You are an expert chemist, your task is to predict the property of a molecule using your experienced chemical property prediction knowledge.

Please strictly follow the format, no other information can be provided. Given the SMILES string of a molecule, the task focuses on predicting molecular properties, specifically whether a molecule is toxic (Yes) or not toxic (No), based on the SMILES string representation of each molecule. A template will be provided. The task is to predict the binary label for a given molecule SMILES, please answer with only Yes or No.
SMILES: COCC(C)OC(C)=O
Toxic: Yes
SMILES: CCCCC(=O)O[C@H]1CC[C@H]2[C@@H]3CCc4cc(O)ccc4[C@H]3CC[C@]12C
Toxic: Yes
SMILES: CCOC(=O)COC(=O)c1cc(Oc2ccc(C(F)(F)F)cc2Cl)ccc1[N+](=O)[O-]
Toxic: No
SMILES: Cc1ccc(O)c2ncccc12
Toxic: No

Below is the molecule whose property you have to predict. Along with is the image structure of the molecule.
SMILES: O=C1c2ccccc2C(=O)N1SC1CCCCC1
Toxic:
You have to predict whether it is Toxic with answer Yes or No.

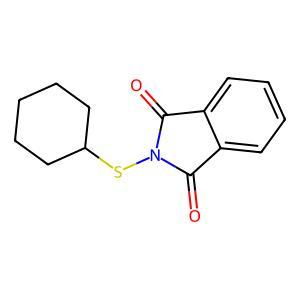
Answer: No